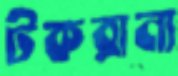
টকরানা